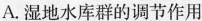
A.湿地水库群的调节作用